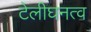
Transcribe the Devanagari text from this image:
टेलीघनत्व